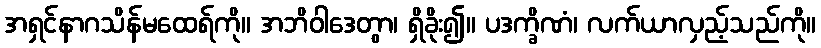
အရှင်နာဂသိန်မထေရ်ကို။ အဘိဝါဒေတွာ၊ ရှိခိုး၍။ ပဒက္ခိဏံ၊ လက်ယာလှည့်သည်ကို။